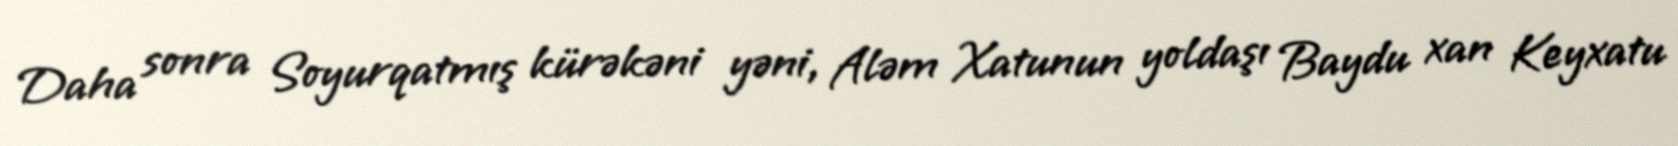
Daha sonra Soyurqatmış kürəkəni yəni, Aləm Xatunun yoldaşı Baydu xan Keyxatu